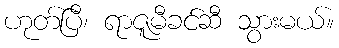
ဟုတ်ပြီ၊ ရာဇူမီခင်ဆီ သွားမယ်။